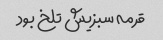
قرمه سبزیش تلخ بود